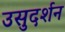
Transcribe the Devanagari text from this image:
उसुदर्शन